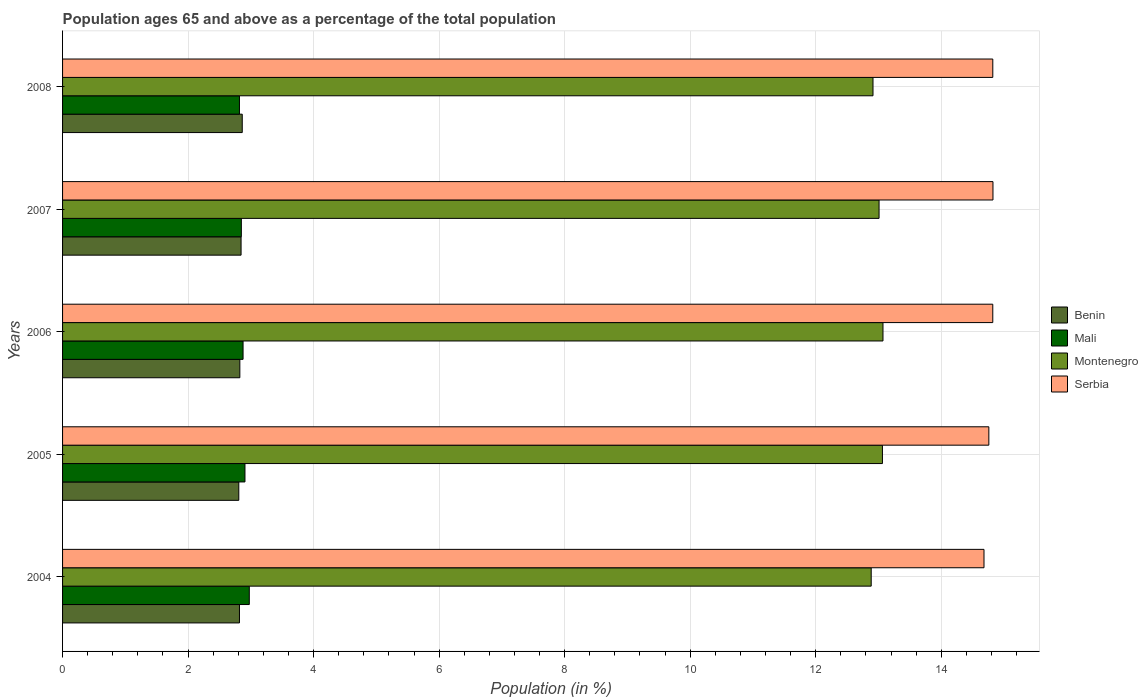
| Years | Benin | Mali | Montenegro | Serbia |
 | --- | --- | --- | --- | --- |
 | 2004 | 2.82 | 2.98 | 12.9 | 14.7 |
 | 2005 | 2.81 | 2.91 | 13.1 | 14.8 |
 | 2006 | 2.82 | 2.88 | 13.1 | 14.8 |
 | 2007 | 2.84 | 2.85 | 13 | 14.8 |
 | 2008 | 2.86 | 2.82 | 12.9 | 14.8 |